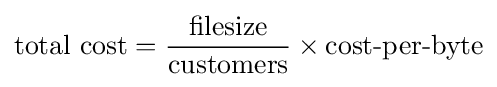
{\text{total cost}}={\frac {\text{filesize}}{\text{customers}}}\times {\text{cost-per-byte}}